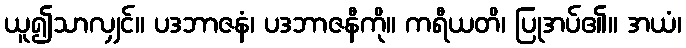
ယူ၍သာလျှင်။ ပဒဘာဇနံ၊ ပဒဘာဇနီကို။ ကရီယတိ၊ ပြုအပ်၏။ အယံ၊